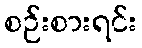
စဉ်းစားရင်း